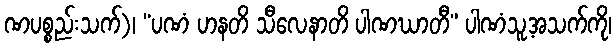
ဏပစ္စည်းသက်)၊ “ပဏံ ဟနတိ သီလေနာတိ ပါဏဃာတီ” ပါဏံသူ့အသက်ကို၊